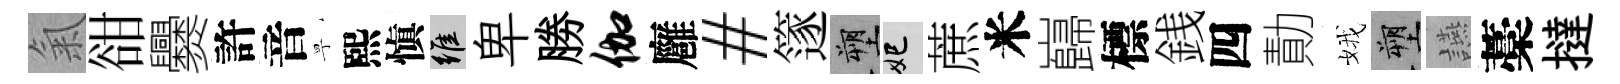
氣𧮳爨許音寧熙愼維卑勝伽廱#篴塑妃蔗米巋標銭四勣娥塑讌藁撻